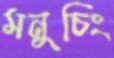
মনুচিং